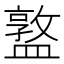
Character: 𥂦